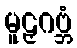
မူဠှဂဗ္ဘံ